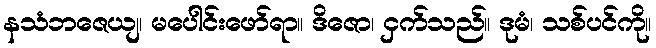
နသံဘဇေယျ၊ မပေါင်းဖော်ရာ။ ဒိဇော၊ ငှက်သည်။ ဒုမံ၊ သစ်ပင်ကို။